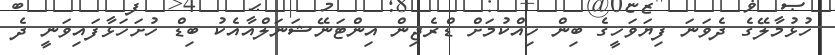
ހުޅުމާލޭގެ ދެވަނަ ފިޔަވަހީގެ ބިން ހިއްކުމަށް ޑްރެޖިން އިންޓަނޭޝަނަލްއާއެކު ބިޑް ހުށަހަޅާފައިވަނީ ދެ